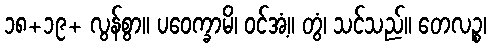
၁၈+၁၉+ လွန်စွာ။ ပဝေက္ခာမိ၊ ဝင်အံ့။ တွံ၊ သင်သည်။ တေလဉ္စ၊